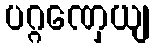
ပဂ္ဂဏှေယျ